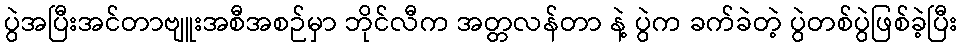
ပွဲအပြီးအင်တာဗျူးအစီအစဉ်မှာ ဘိုင်လီက အတ္တလန်တာ နဲ့ ပွဲက ခက်ခဲတဲ့ ပွဲတစ်ပွဲဖြစ်ခဲ့ပြီး